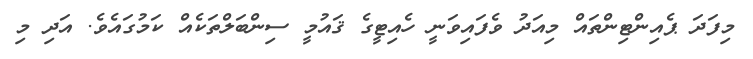
މިފަދަ ޕެއިންޓިންތައް މިއަދު ވެފައިވަނީ ހެއިޓީގެ ޤައުމީ ސިންބަލްތަކެއް ކަމުގައެވެ. އަދި މި